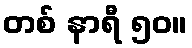
တစ် နာရီ ၅၀။